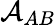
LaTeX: \mathcal{A}_{AB}